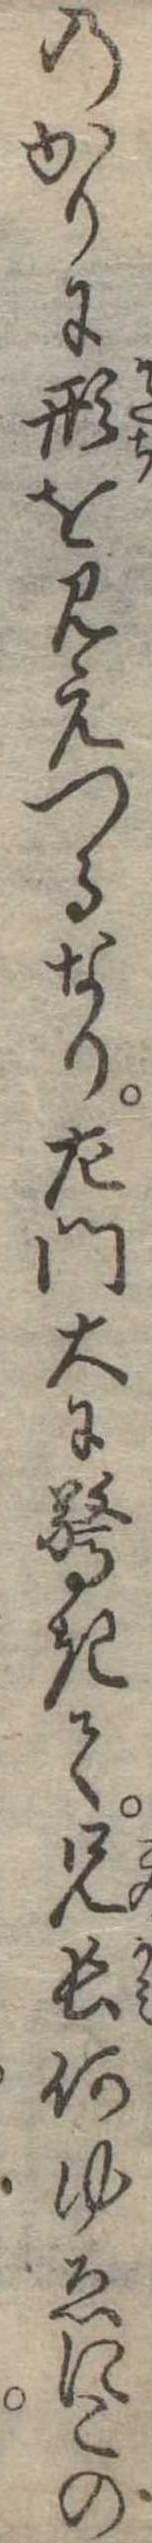
のかりに形を見えつるなり左門大に驚きて兄長何ゆゑにこの